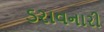
ડરાવનારી